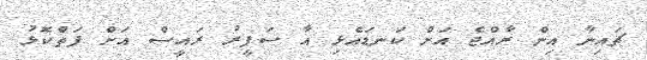
ޗައިނާ އިން ރާއްޖެ އަށް ކަނޑައެޅި އާ ސަފީރު ރައީސް އަށް ފަތްކޮޅު